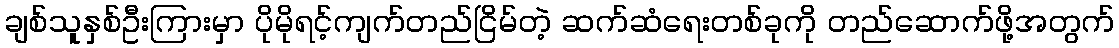
ချစ်သူနှစ်ဦးကြားမှာ ပိုမိုရင့်ကျက်တည်ငြိမ်တဲ့ ဆက်ဆံရေးတစ်ခုကို တည်ဆောက်ဖို့အတွက်